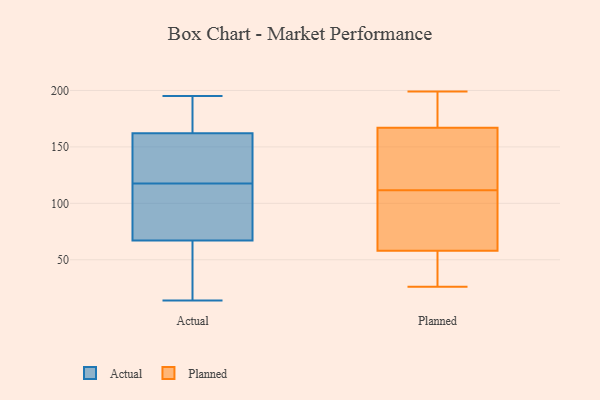
{"axis": {"x": "Budget (USD K)", "y": "Value"}, "legend": ["Actual", "Planned"], "data": [{"x": "", "y": 162, "type": "Actual"}, {"x": "", "y": 90, "type": "Actual"}, {"x": "", "y": 67, "type": "Actual"}, {"x": "", "y": 14, "type": "Actual"}, {"x": "", "y": 57, "type": "Actual"}, {"x": "", "y": 195, "type": "Actual"}, {"x": "", "y": 161, "type": "Actual"}, {"x": "", "y": 173, "type": "Actual"}, {"x": "", "y": 96, "type": "Actual"}, {"x": "", "y": 139, "type": "Actual"}, {"x": "", "y": 108, "type": "Planned"}, {"x": "", "y": 187, "type": "Planned"}, {"x": "", "y": 193, "type": "Planned"}, {"x": "", "y": 52, "type": "Planned"}, {"x": "", "y": 115, "type": "Planned"}, {"x": "", "y": 156, "type": "Planned"}, {"x": "", "y": 155, "type": "Planned"}, {"x": "", "y": 167, "type": "Planned"}, {"x": "", "y": 105, "type": "Planned"}, {"x": "", "y": 97, "type": "Planned"}, {"x": "", "y": 199, "type": "Planned"}, {"x": "", "y": 52, "type": "Planned"}, {"x": "", "y": 39, "type": "Planned"}, {"x": "", "y": 95, "type": "Planned"}, {"x": "", "y": 118, "type": "Planned"}, {"x": "", "y": 26, "type": "Planned"}, {"x": "", "y": 193, "type": "Planned"}, {"x": "", "y": 58, "type": "Planned"}]}